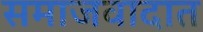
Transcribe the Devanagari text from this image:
समाजवादात